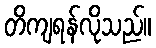
တိကျရန်လိုသည်။